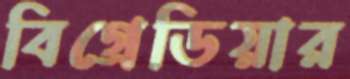
বিগ্রেডিয়ার